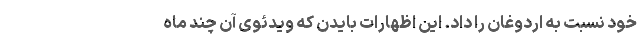
خود نسبت به اردوغان را داد. این اظهارات بایدن که ویدئوی آن چند ماه